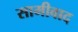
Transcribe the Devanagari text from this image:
सामीवाद